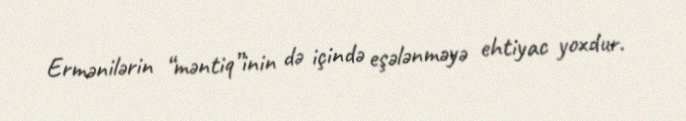
Ermənilərin “məntiq”inin də içində eşələnməyə ehtiyac yoxdur.